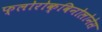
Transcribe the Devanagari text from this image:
फ्लोरोक्विनोलोनेस